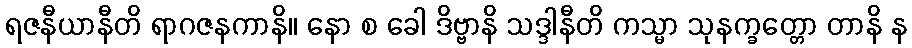
ရဇနီယာနီတိ ရာဂဇနကာနိ။ နော စ ခေါ ဒိဗ္ဗာနိ သဒ္ဒါနီတိ ကသ္မာ သုနက္ခတ္တော တာနိ န